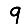
Digit: 9